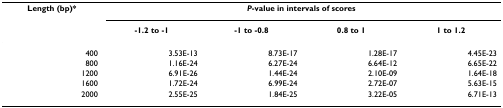
<table><thead><tr><td><b>Length (bp)*</b></td><td colspan="4"><b><i>P</i>-value in intervals of scores</b></td></tr><tr><td>[EMPTY_CELL]</td><td><b>-1.2 to -1</b></td><td><b>-1 to -0.8</b></td><td><b>0.8 to 1</b></td><td><b>1 to 1.2</b></td></tr></thead><tbody><tr><td>400</td><td>3.53E-13</td><td>8.73E-17</td><td>1.28E-17</td><td>4.45E-23</td></tr><tr><td>800</td><td>1.16E-24</td><td>6.27E-24</td><td>6.64E-12</td><td>6.65E-22</td></tr><tr><td>1200</td><td>6.91E-26</td><td>1.44E-24</td><td>2.10E-09</td><td>1.64E-18</td></tr><tr><td>1600</td><td>1.72E-24</td><td>6.99E-24</td><td>2.72E-07</td><td>5.63E-15</td></tr><tr><td>2000</td><td>2.55E-25</td><td>1.84E-25</td><td>3.22E-05</td><td>6.71E-13</td></tr></tbody></table>